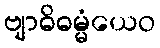
ဗျာဓိဓမ္မံယေဝ